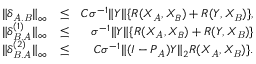
\begin{array} { r l r } { \| \delta _ { \mathit { A } . \mathit { B } } \| _ { \infty } } & { \leq } & { C \sigma ^ { - 1 } \| Y \| \{ R ( X _ { \mathit { A } } , X _ { B } ) + R ( Y , X _ { \mathit { B } } ) \} , } \\ { \| \delta _ { \mathit { B } . \mathit { A } } ^ { ( 1 ) } \| _ { \infty } } & { \leq } & { \sigma ^ { - 1 } \| Y \| \{ R ( X _ { \mathit { A } } , X _ { B } ) + R ( Y , X _ { \mathit { B } } ) \} } \\ { \| \delta _ { \mathit { B } . \mathit { A } } ^ { ( 2 ) } \| _ { \infty } } & { \leq } & { C \sigma ^ { - 1 } \| ( I - P _ { \mathit { A } } ) Y \| _ { 2 } R ( X _ { \mathit { A } } , X _ { \mathit { B } } ) \} . } \end{array}